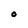
Character: O